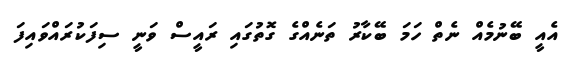
އެއީ ބޭނުމެއް ނެތް ހަމަ ބޭކާރު ތަނެއްގެ ގޮތުގައި ރައީސް ވަނީ ސިފަކުރައްވައިފަ